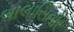
બાલાસિનોર